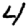
Digit: 4